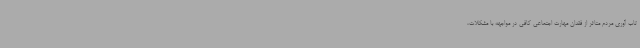
تاب آوری مردم متاثر از فقدان مهارت اجتماعی کافی در مواجهه با مشکلات،